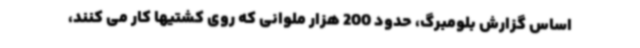
اساس گزارش بلومبرگ، حدود 200 هزار ملوانی که روی کشتیها کار می کنند،